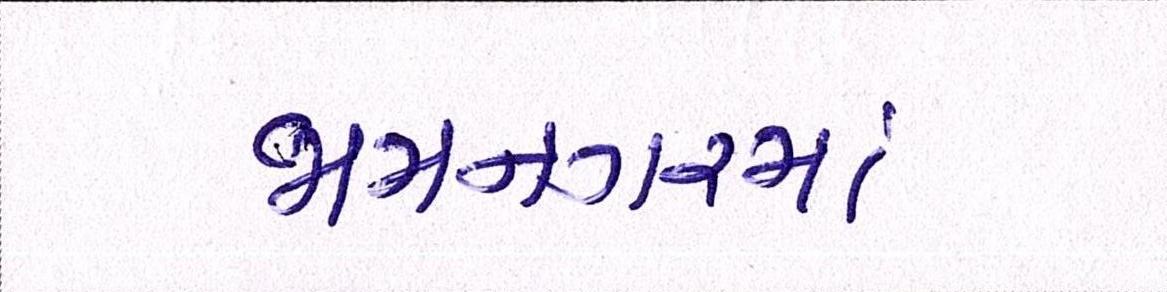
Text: જામનગરમાં